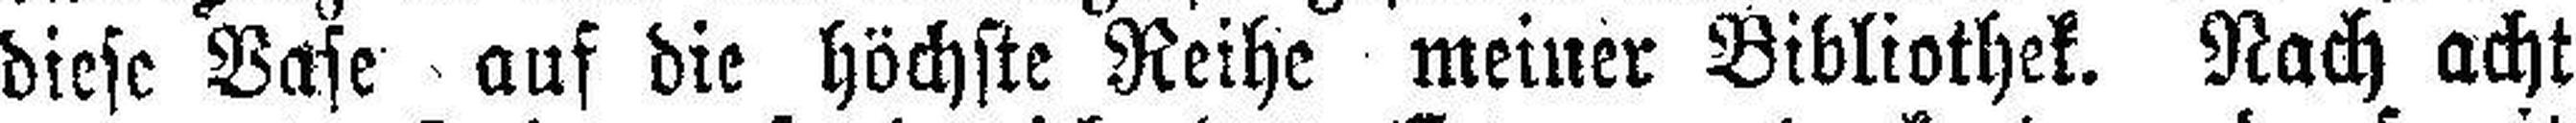
diese Vase auf die höchste Reihe meiner Bibliothek. Nach acht